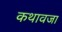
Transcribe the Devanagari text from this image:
कथावजा